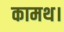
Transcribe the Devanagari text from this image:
कामथ।